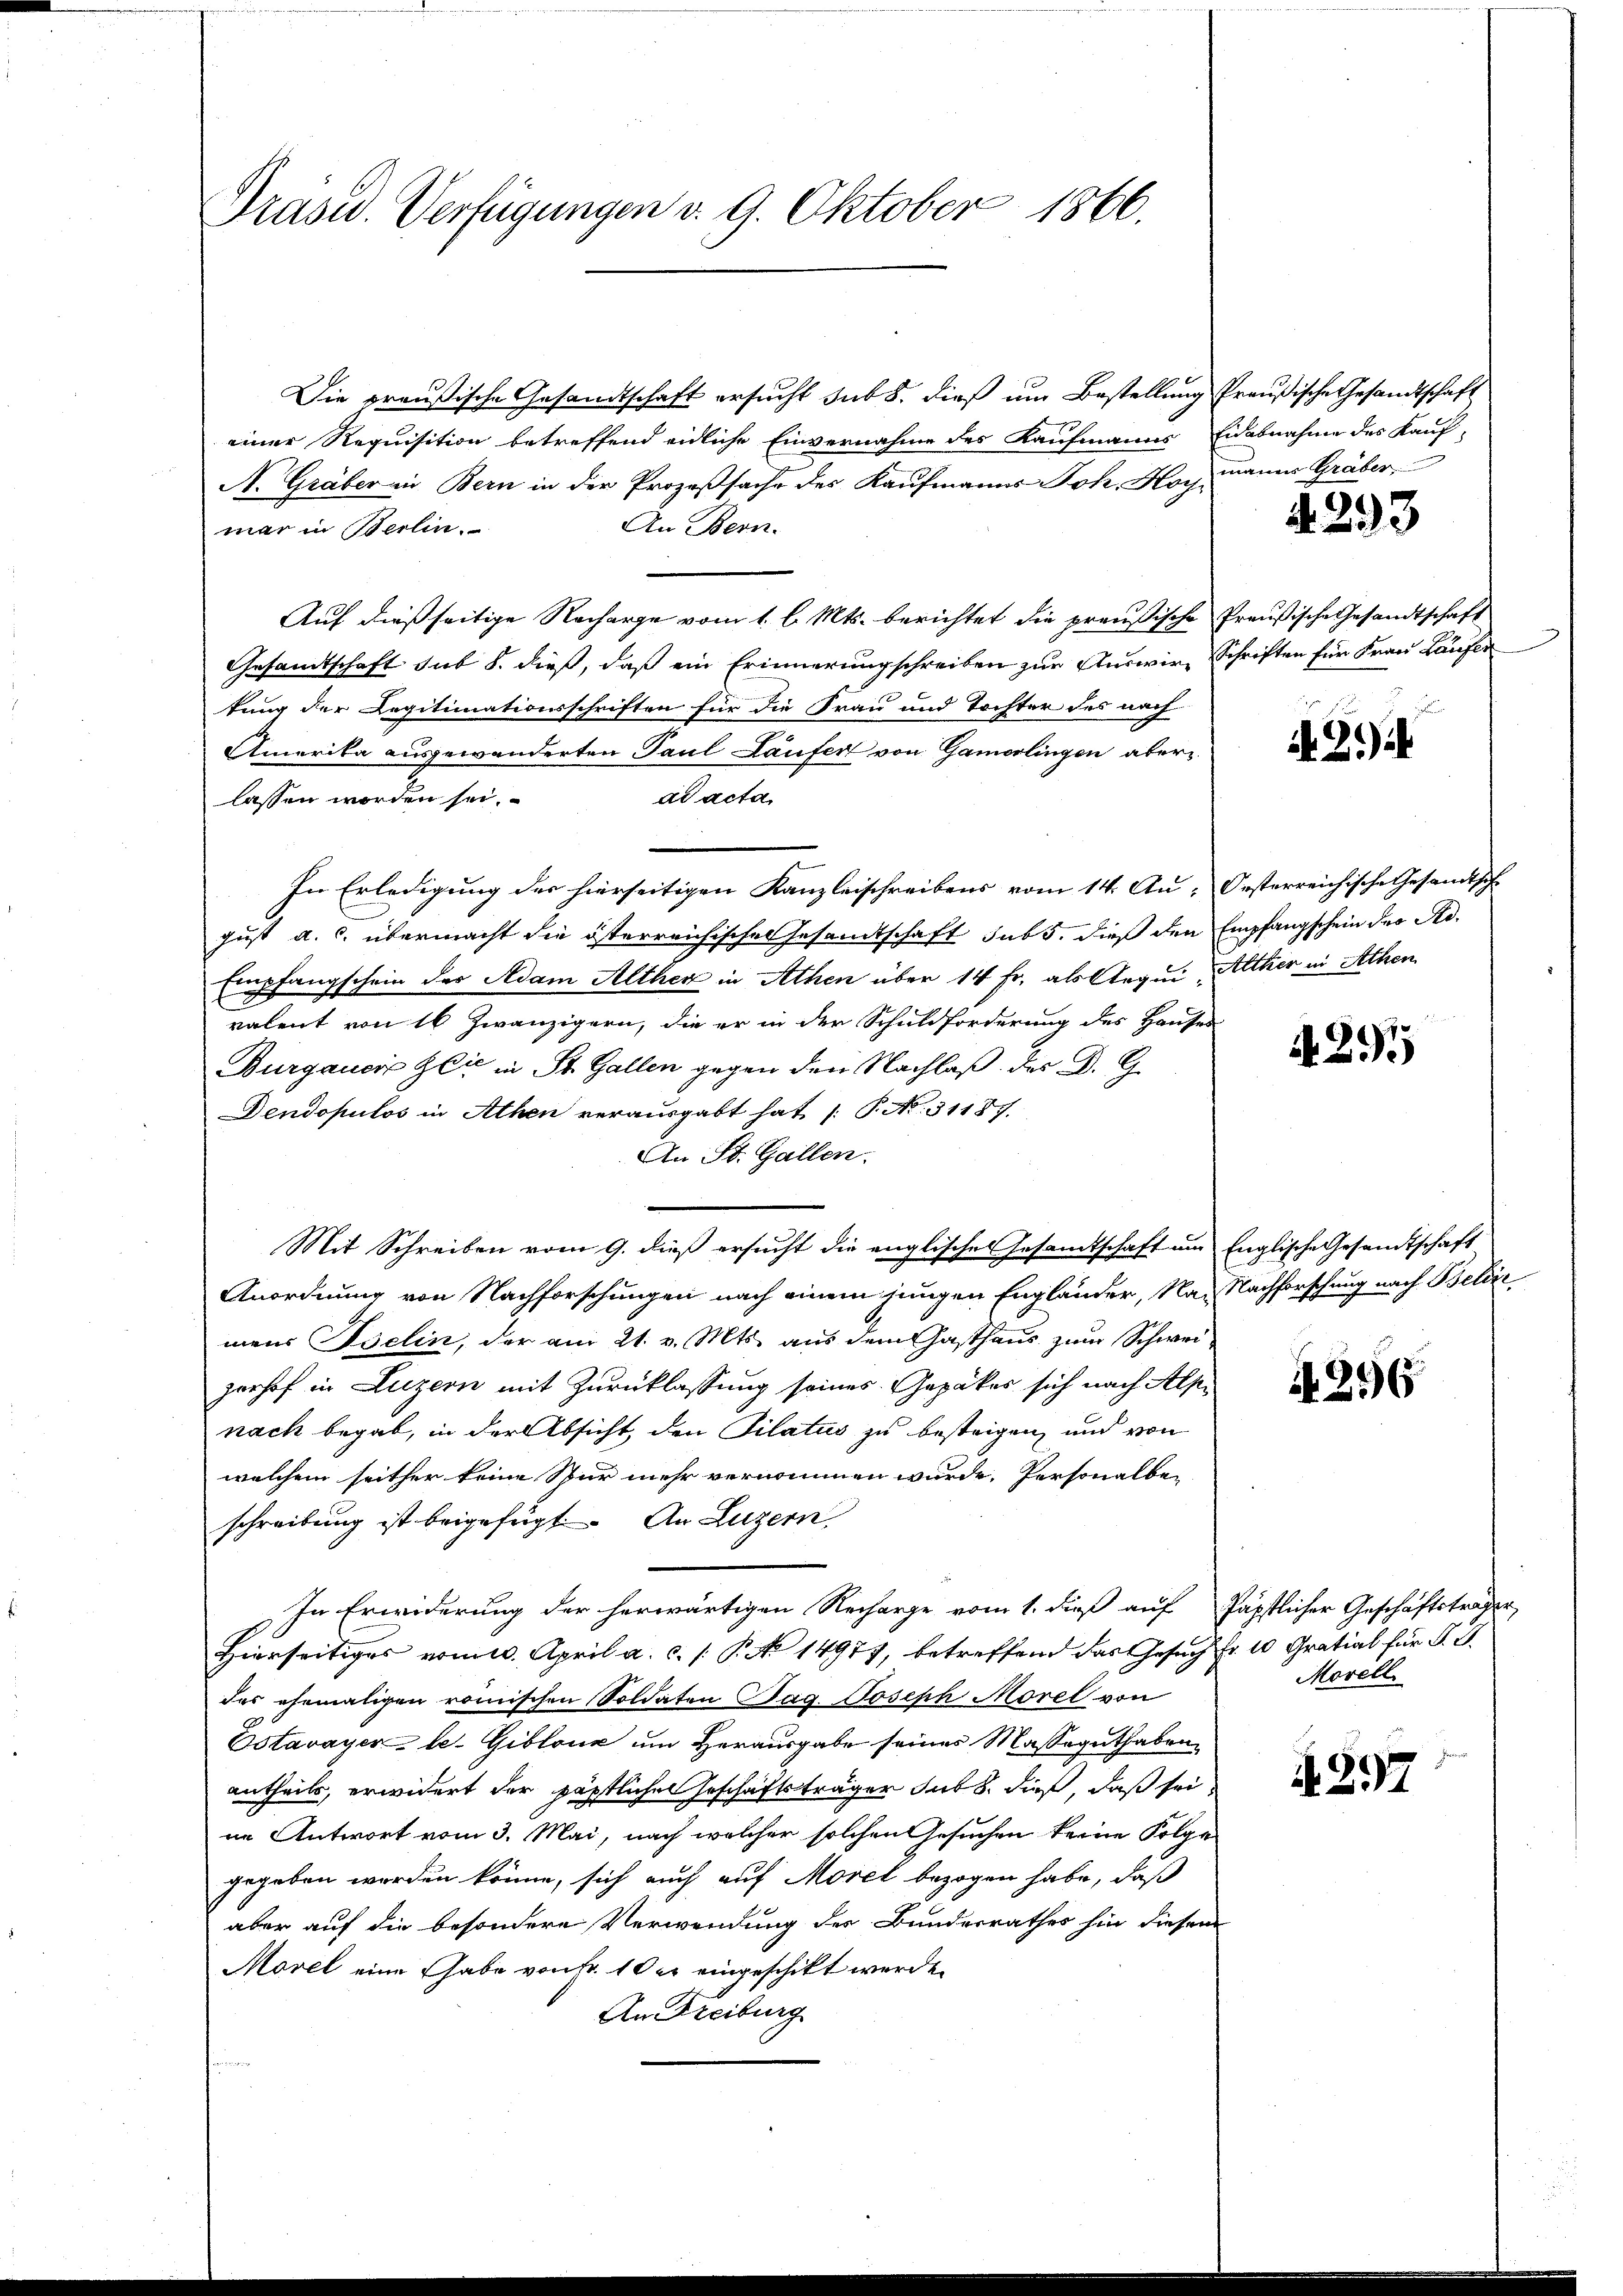
Präsid. Verfügungen v. 9. Oktober 1866.

Die preußische Gesandtschaft ersucht sub 8. dieß um Bestellung Preußische Gesandtschaft
einer Requisition betreffend eidliche Einvernahme des Kaufmanns Eidesnahme des Kauf-
A. Gräber in Bern in der Prozeßsache des Kaufmanns Joh. Hoch-
An Bern.
mar in Berlin.
Auf dießseitige Recharge vom 1. l. Mts. berichtet die preußische
Gesamtschaft sub 8. dieß, daß ein Erinnerungschreiben zur Auswirtung der Legitimationsschriften für die Frau und Tochter des nach
Amerika ausgewanderten Paul Laufert von Gamerlingen aber
ad acta
lassen worden sei.
In Erledigung des hierseitigen Kanzleischreibens vom 14. Au, Oesterreichische Gesandtsch-
gust a. c. übermacht die österreichischen Gesamtschaft subs, dieß den Empfangschein der Ad¬
Empfangschein der Adam Alther in Athen über 14 Fr. als Aequi, Alther in Athen
valent von 16 Zwanzigern, die er in der Schuldforderung des Hauses
Burgauer Glić in St. Gallen gegen den Nachlaß des D. G
Dendopulos in Athen verausgabt hat /: P. No. 31187.
An St. Gallen.
Mit Schreiben vom 9. dieß ersucht die englischen Gesamtschaft um Englische Gesandtschaft
Anordnung von Nachforschungen nach einem jungen Engländer, Nau Nachforschung nach Belie
mens Iselin, der am 21. v. Mts. aus dem Gasthaus zum Schweizorhof in Luzern mit Zurücklassung seines Gepäkes sich nach Alpe
nach begab, in der Absicht, den Pilatus zu besteigen, und von
welchem seither keine Spur mehr vernommen wurde. Personalbe-
schreibung ist beigefügt. An Luzern.
In Erwiderung der herwärtigen Recharge vom 1. dieß auf
Hierseitiges vom 10. April a. c. /: P. No 14977, betreffend das Gesuch Fr. 10 Gratial für P. J.
das ehemaligen römischen Soldaten Tag. Joseph Morel von
Estavayer le- Giblone um Herausgabe seines Masseguthaben
antheils, erwidert der päptlichen Geschäftsträger sub b. dieß, daß seine Antwort vom 3. Mai, nach welcher solchen Gesuchen keine Folge
gegeben worden könne, sich auch auf Morel bezogen habe, daß
aber auf die besondere Verwendung des Bundesrathes hin diesem
Morel eine habe von Fr. 1 der eingeschikt werde.
An Freiburg

manen Graber,

d. 293

Preußische Gesandtschaft
Schriften für Frau Laufer

A. 214

A. 295

4296

päpstlicher Geschäftsträger
Morell.

297